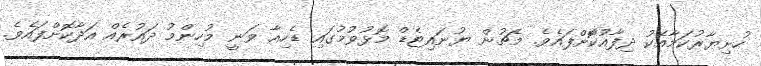
ހުށިޔާރުކަމާއެކު ދިފާއުކޮާށްފައެވެ. މެޗުން ޔުނައިޓެޑް މޮޅުވުމުގައި ޑެހިއާ ވަނީ މުހިންމު ދައުރެއް އަދާކޮށްފައެވެ.